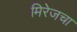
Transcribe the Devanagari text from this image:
मिरेजचा